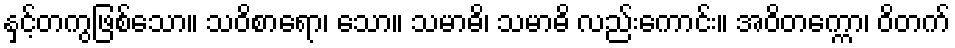
နှင့်တကွဖြစ်သော။ သဝိစာရော၊ သော။ သမာဓိ၊ သမာဓိ လည်းကောင်း။ အဝိတက္ကော၊ ဝိတက်